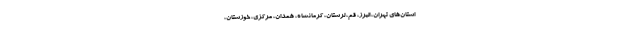
استان‌های تهران، البرز، قم، لرستان، کرمانشاه، همدان، مرکزی، خوزستان،